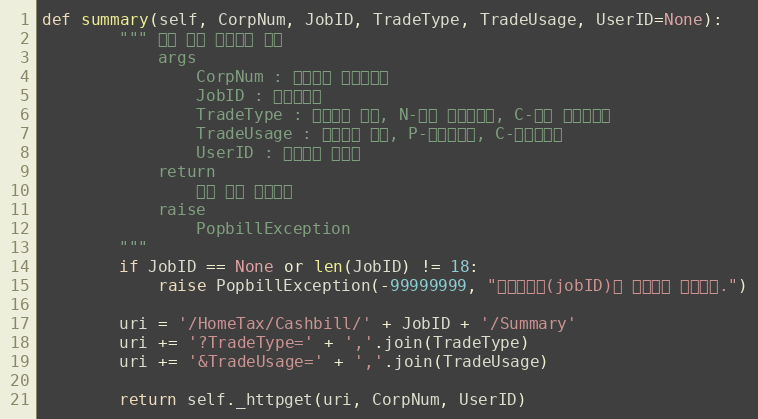
Language: Python
def summary(self, CorpNum, JobID, TradeType, TradeUsage, UserID=None):
        """ 수집 결과 요약정보 조회
            args
                CorpNum : 팝빌회원 사업자번호
                JobID : 작업아이디
                TradeType : 문서형태 배열, N-일반 현금영수증, C-취소 현금영수증
                TradeUsage : 거래구분 배열, P-소등공제용, C-지출증빙용
                UserID : 팝빌회원 아이디
            return
                수집 결과 요약정보
            raise
                PopbillException
        """
        if JobID == None or len(JobID) != 18:
            raise PopbillException(-99999999, "작업아이디(jobID)가 올바르지 않습니다.")

        uri = '/HomeTax/Cashbill/' + JobID + '/Summary'
        uri += '?TradeType=' + ','.join(TradeType)
        uri += '&TradeUsage=' + ','.join(TradeUsage)

        return self._httpget(uri, CorpNum, UserID)